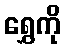
ရွှေကို